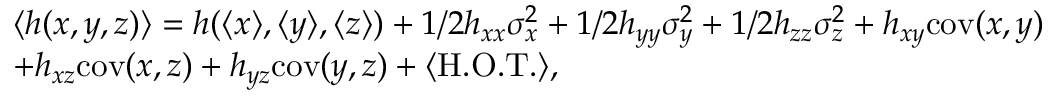
\begin{array} { r l } & { \langle h ( x , y , z ) \rangle = h ( \langle x \rangle , \langle y \rangle , \langle z \rangle ) + 1 / 2 h _ { x x } \sigma _ { x } ^ { 2 } + 1 / 2 h _ { y y } \sigma _ { y } ^ { 2 } + 1 / 2 h _ { z z } \sigma _ { z } ^ { 2 } + h _ { x y } \mathrm { c o v } ( x , y ) } \\ & { + h _ { x z } \mathrm { c o v } ( x , z ) + h _ { y z } \mathrm { c o v } ( y , z ) + \langle \mathrm { H . O . T . } \rangle , } \end{array}